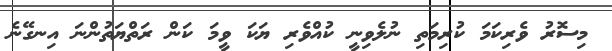
މިސޮރު ވެރިކަމަ ކުރިމަތި ނުލެވިނީ ކުއްވެރި ޔަކަ ވީމަ ކަން ރަތްޔަތުންނަ އިނގޭނެ